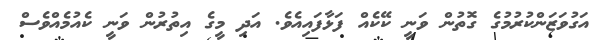
އަގުވަޒަންކުރުމުގެ ގޮތުން ވަނީ ކޭކެއް ފަޅާފައިއެވެ. އަދި މީގެ އިތުރުން ވަނީ ކެއުމެއްވެސް